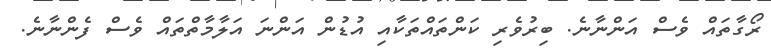
ރޯގާތައް ވެސް އަންނާނެ. ބިރުވެރި ކަންތައްތަކާއި އުޑުން އަންނަ އަލާމާތްތައް ވެސް ފެންނާނެ.